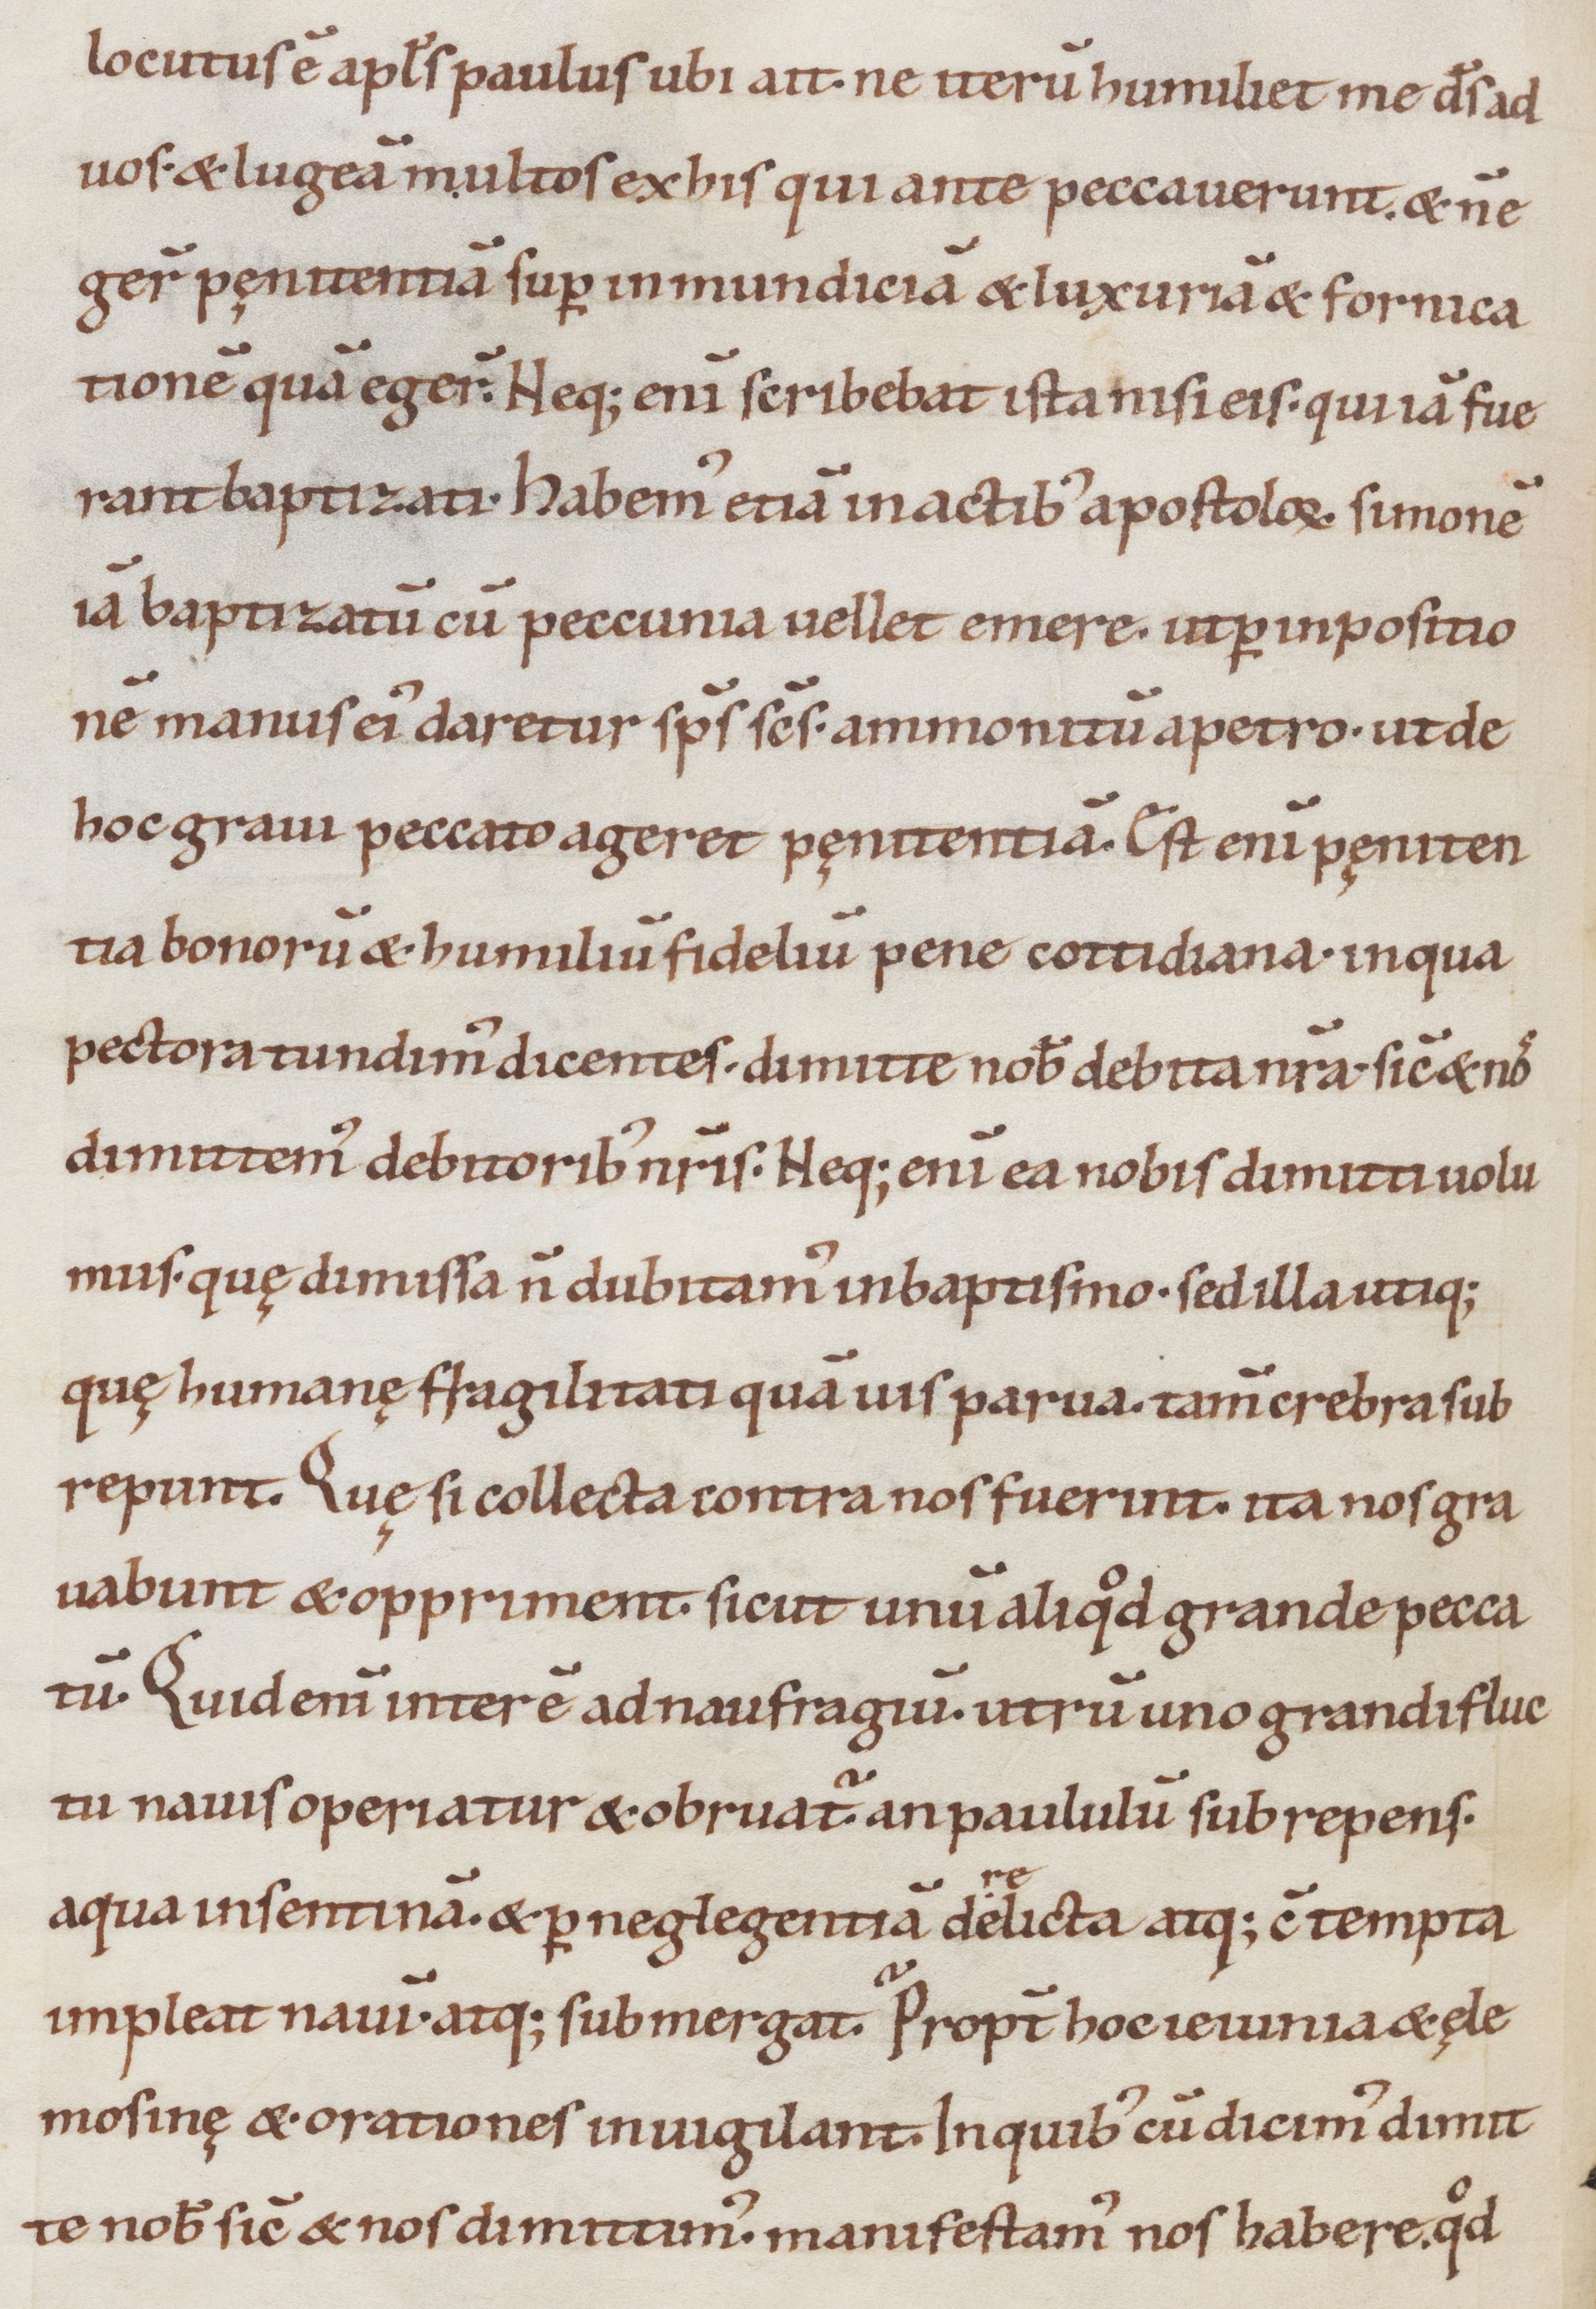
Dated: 1000–1099